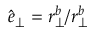
\boldsymbol { \hat { e } } _ { \perp } = \boldsymbol { r } _ { \perp } ^ { b } / r _ { \perp } ^ { b }